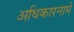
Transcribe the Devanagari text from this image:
अधिकारनामे